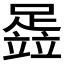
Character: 𬧈